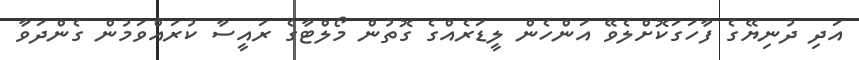
އަދި ދުނިޔޭގެ ފާހަގަކޮށްލެވޭ އަންހެން ލީޑަރެއްގެ ގޮތުން މޯލްޓާގެ ރައީސާ ކުރައްވަމުން ގެންދަވާ